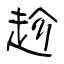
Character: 趁